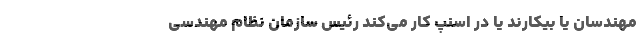
مهندسان یا بیکارند یا در اسنپ کار می‌کند رئیس سازمان نظام مهندسی